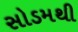
સોડમથી